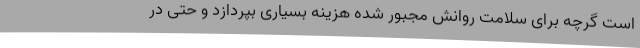
است گرچه برای سلامت روانش مجبور شده هزینه بسیاری بپردازد و حتی در